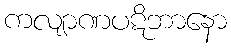
ကလျာဏပဋိဘာနော